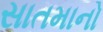
સાતમાનો